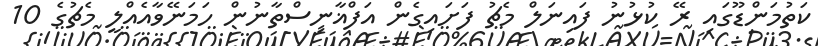
ކަތުމަންޑޫގައި ރޭ ކުޅުނު ފައިނަލް މެޗު ފަށައިގެން އަފްޣާނިސްތާނުން ހަމަނޭވާއެއްލީ މެޗުގެ 10